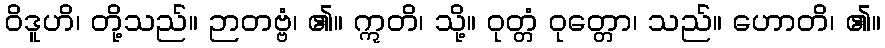
ဝိဒူဟိ၊ တို့သည်။ ဉာတဗ္ဗံ၊ ၏။ ဣတိ၊ သို့။ ဝုတ္တံ ဝုတ္တော၊ သည်။ ဟောတိ၊ ၏။